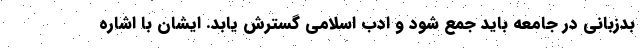
بدزبانی در جامعه باید جمع شود و ادب اسلامی گسترش یابد. ایشان با اشاره